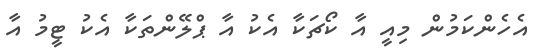
އެހެންކަމުން މިއީ އާ ކޯޗަކާ އެކު އާ ޕްލޭންތަކާ އެކު ޓީމު އާ